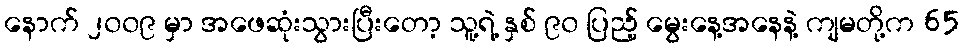
နောက် ၂၀၀၉ မှာ အဖေဆုံးသွားပြီးတော့ သူ့ရဲ့ နှစ် ၉၀ ပြည့် မွေးနေ့အနေနဲ့ ကျမတို့က 65